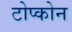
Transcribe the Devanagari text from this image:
टोप्कोन